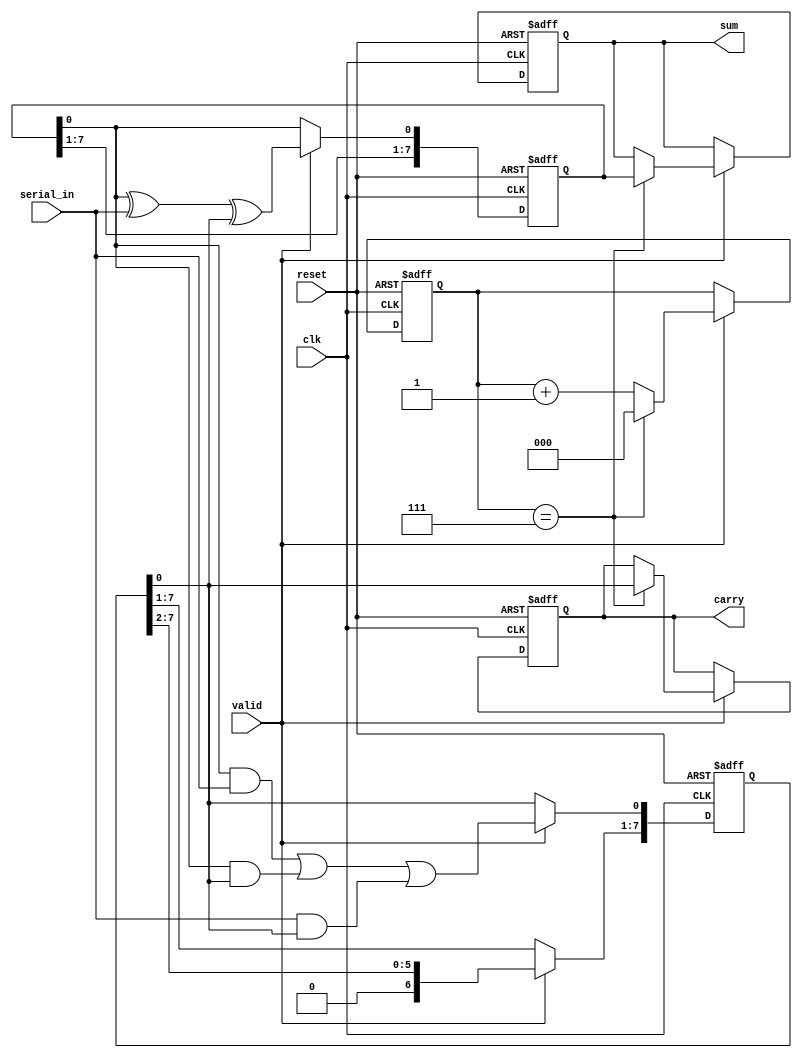
module CarrySaveAdder (
    input wire clk,                  // Clock signal
    input wire reset,                // Reset signal
    input wire serial_in,            // Serial input bit
    input wire valid,                // Signal indicating valid input
    output reg [N-1:0] sum,          // Final sum output
    output reg carry                 // Final carry output
);

parameter N = 8; // Number of bits for the operands
reg [N-1:0] current_sum;           // Current sum register
reg [N-1:0] current_carry;         // Current carry register
reg [2:0] bit_count;                // Counter for the number of bits processed

// Full adder logic
wire sum_out;
wire carry_out;

assign sum_out = current_sum[0] ^ serial_in ^ current_carry[0];
assign carry_out = (current_sum[0] & serial_in) | (current_sum[0] & current_carry[0]) | (serial_in & current_carry[0]);

always @(posedge clk or posedge reset) begin
    if (reset) begin
        current_sum <= 0;
        current_carry <= 0;
        sum <= 0;
        carry <= 0;
        bit_count <= 0;
    end else if (valid) begin
        // Shift the current sum and carry
        {current_carry, current_sum} <= {current_carry[1:N-1], current_sum[1:N-1], sum_out};
        current_carry[0] <= carry_out;

        // Increment bit count
        bit_count <= bit_count + 1;

        // Check if all bits have been processed
        if (bit_count == N-1) begin
            sum <= current_sum;
            carry <= current_carry[0];
            bit_count <= 0; // Reset for next operation
        end
    end
end

endmodule